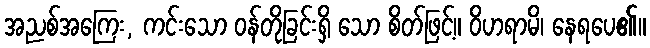
အညစ်အကြေး, ကင်းသော ဝန်တိုခြင်းရှိ သော စိတ်ဖြင့်။ ဝိဟရာမိ၊ နေရပေ၏။